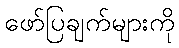
ဖော်ပြချက်များကို